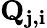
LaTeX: \mathbf{Q_{j,i}}